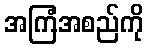
အကြံအစည်ကို